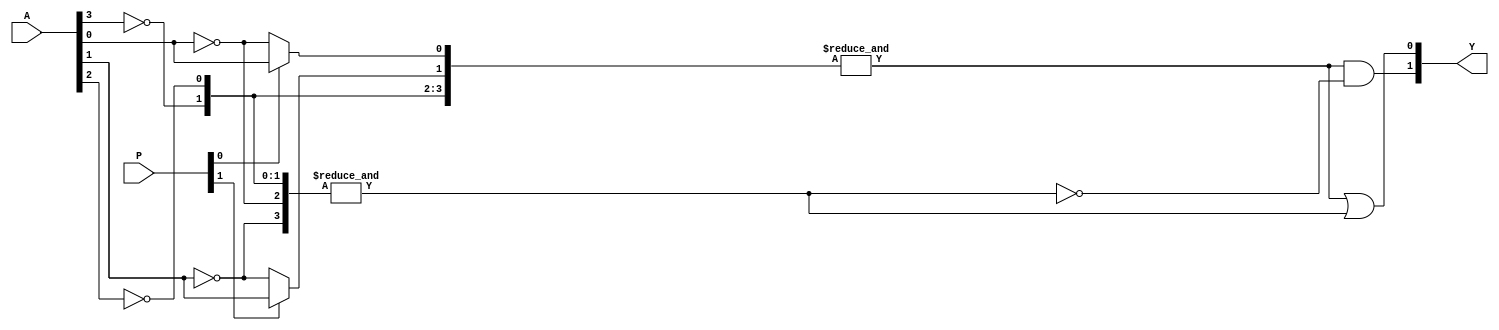
module jewel_pal (
    input  wire [n-1:0] A,  // n input pins
    input  wire [m-1:0] P,  // Programming inputs (control lines for AND gates)
    output wire [o-1:0] Y   // o output pins
);
    parameter n = 4; // Number of inputs (A1, A2, A3, A4)
    parameter m = 2; // Number of product terms (e.g., P1, P2)
    parameter o = 2; // Number of outputs (Y1, Y2)

    // Declare product terms as wires
    wire [m-1:0] product_term [0:m-1];

    // Programmable AND array
    genvar i, j;
    generate
        for (i = 0; i < m; i = i + 1) begin : and_array
            wire [n-1:0] and_input; // Inputs to AND gate
            for (j = 0; j < n; j = j + 1) begin
                assign and_input[j] = P[i * n + j] ? A[j] : ~A[j]; // Programming logic
            end
            assign product_term[i] = &and_input; // AND operation
        end
    endgenerate

    // Fixed OR array for outputs
    assign Y[0] = product_term[0] | product_term[1]; // Example OR logic for output 1
    assign Y[1] = product_term[0] & ~product_term[1]; // Example OR logic for output 2

endmodule